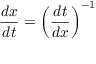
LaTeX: { \frac { d x } { d t } } = \left( { \frac { d t } { d x } } \right) ^ { - 1 }